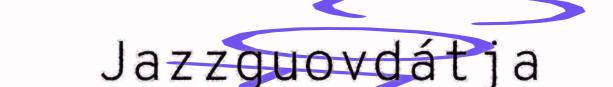
Jazzguovdátja